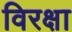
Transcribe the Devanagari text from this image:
विरक्षा